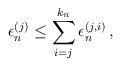
LaTeX: \begin{align*}\epsilon_n^{(j)} \leq \sum_{i = j}^{k_n} \epsilon_n^{(j,i)}\,,\end{align*}